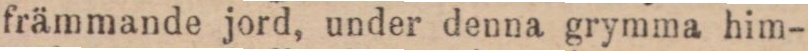
främmande jord, under denna grymma him-